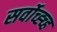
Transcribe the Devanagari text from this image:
सर्वोच्ह्च्ह